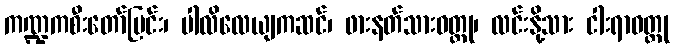
ကဏ္ဍကစီးတော်မြင်း၊ ပါလိလေယျကဆင်၊ ဖားနတ်သားဝတ္ထု၊ လင်းနို့သား ငါးရာဝတ္ထု